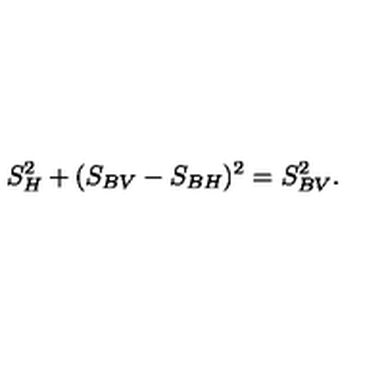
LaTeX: S _ { H } ^ { 2 } + ( S _ { B V } - S _ { B H } ) ^ { 2 } = S _ { B V } ^ { 2 } .